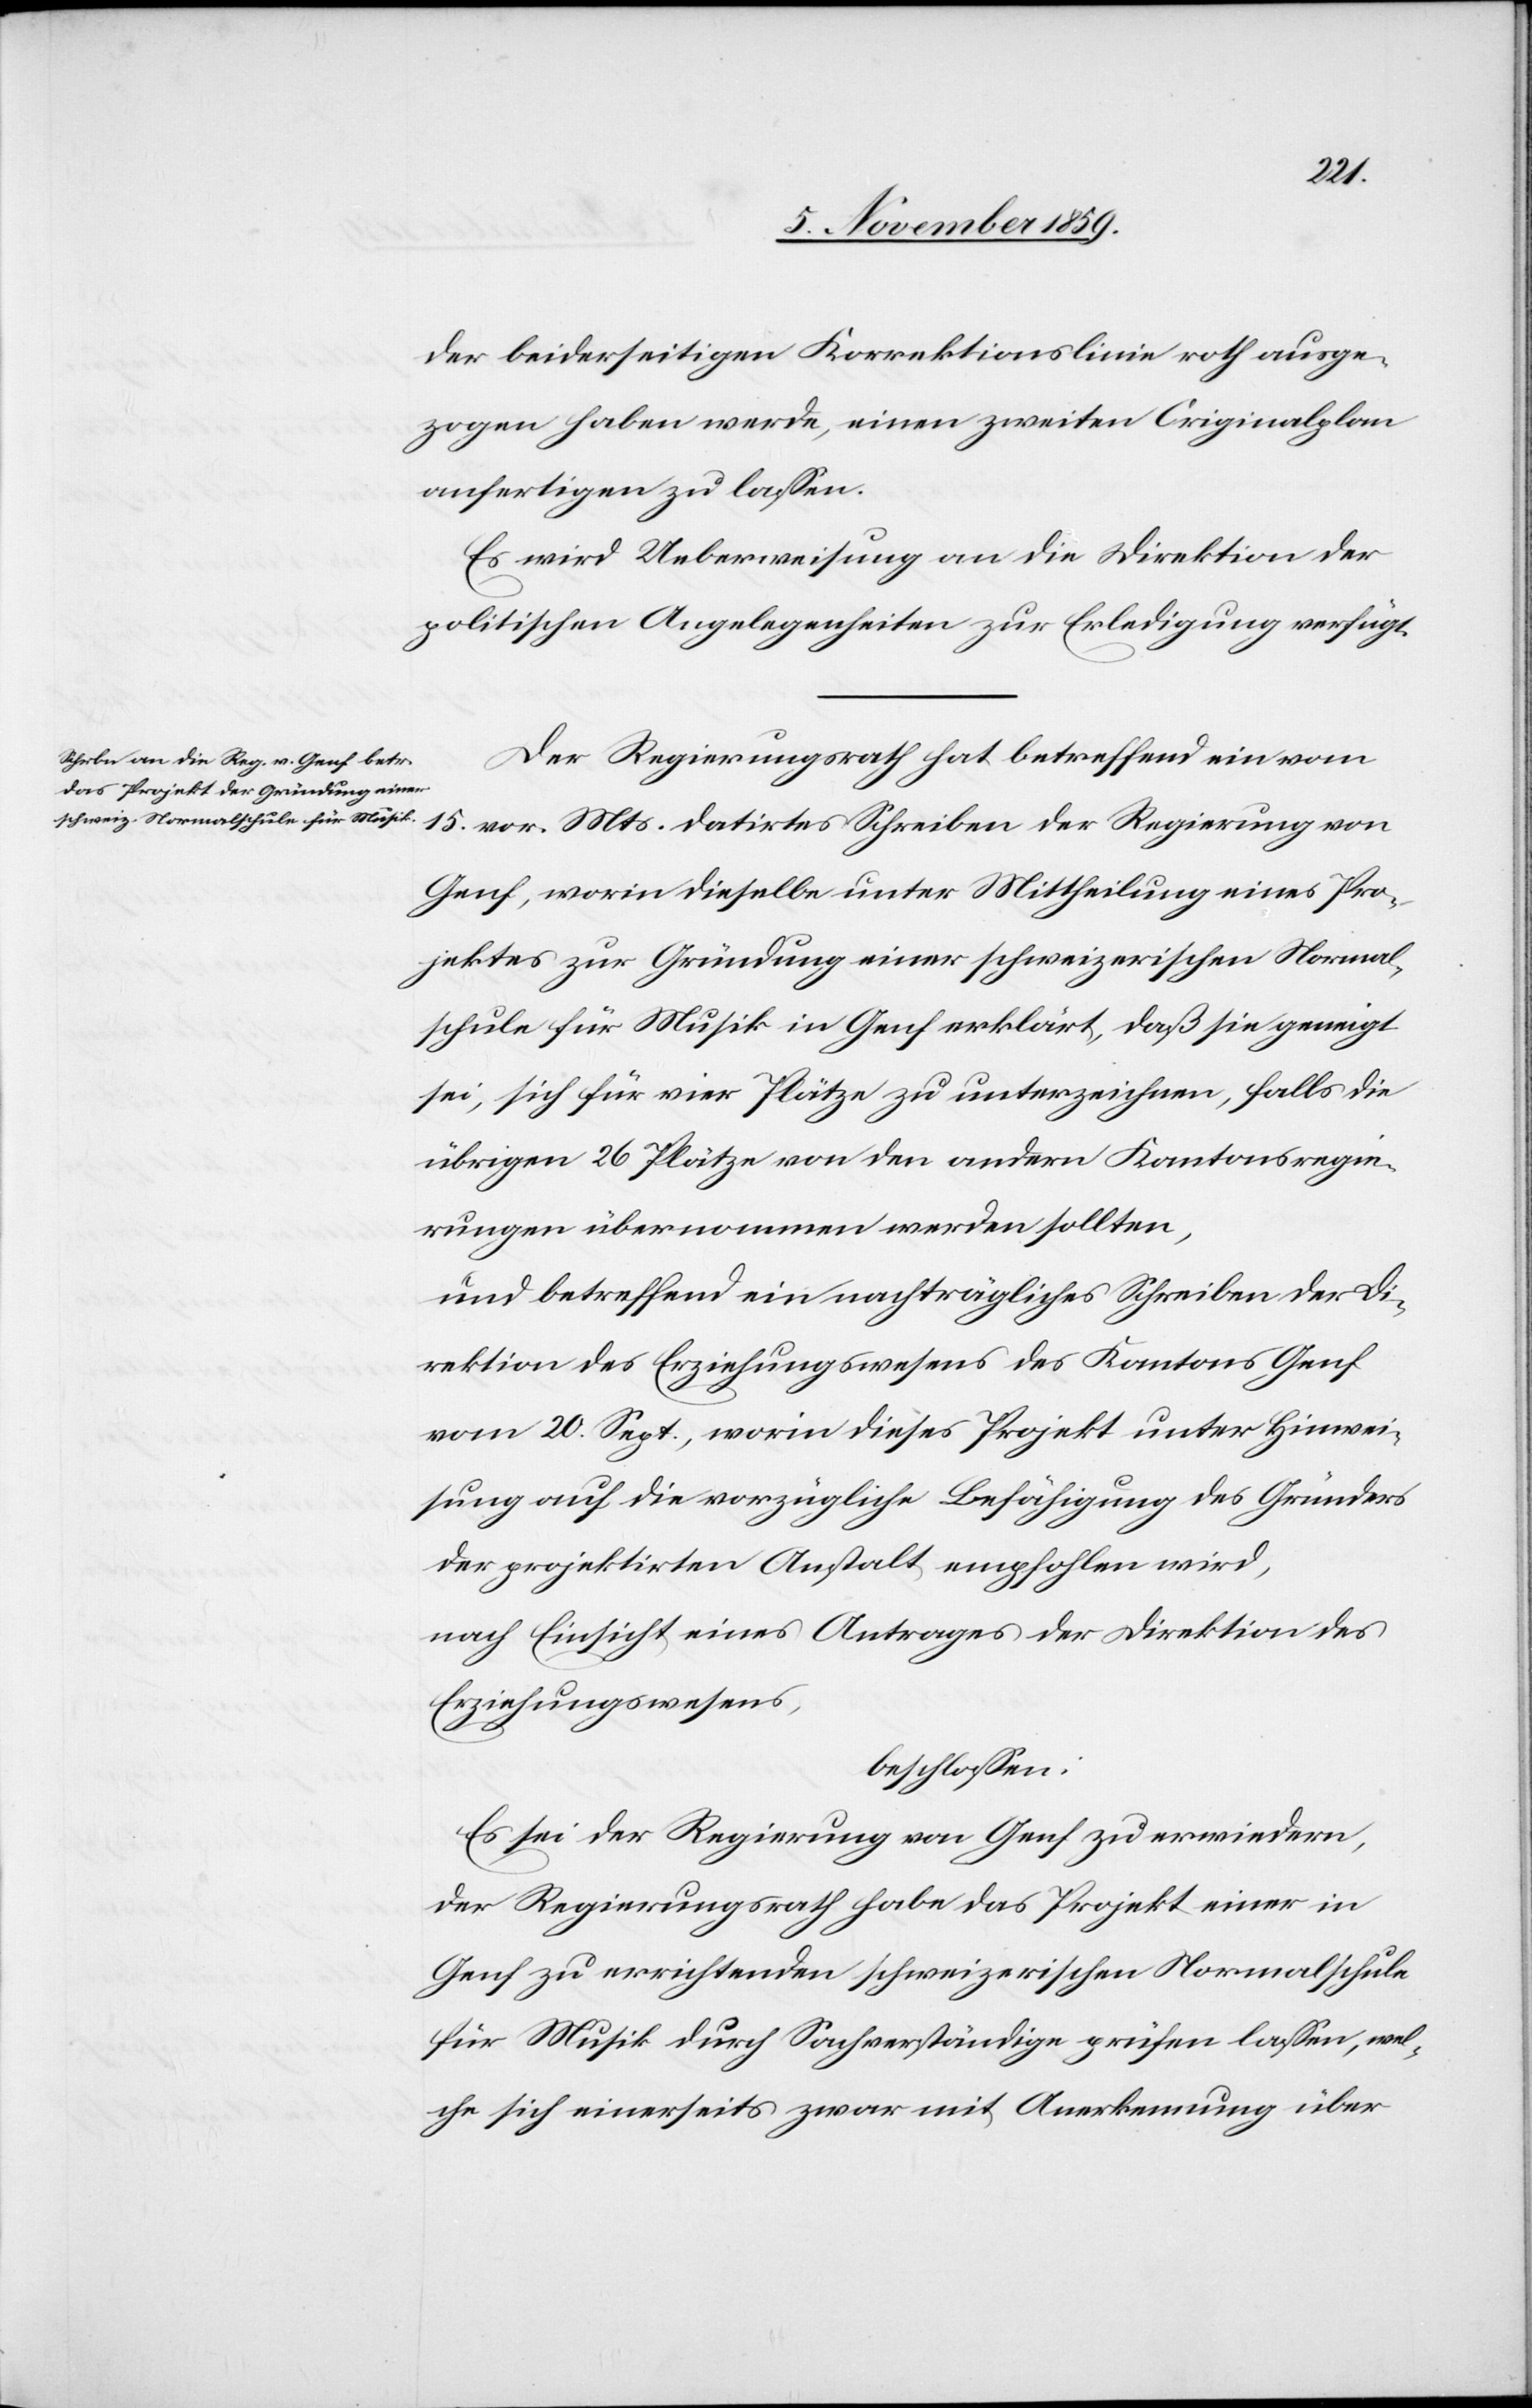
der beiderseitigen Korrektionslinie roth ausge¬
zogen haben werde, einen zweiten Originalplan
anfertigen zu lassen.
Es wird Ueberweisung an die Direktion der
politischen Angelegenheiten zur Erledigung verfügt.
Der Regierungsrath hat betreffend ein vom
15. vor. Mts. datirtes Schreiben der Regierung von
Genf, worin dieselbe unter Mittheilung eines Pro¬
jektes zur Gründung einer schweizerischen Normal¬
schule für Musik in Genf erklärt, daß sie geneigt
sei, sich für vier Plätze zu unterzeichnen, falls die
übrigen 26 Plätze von den andern Kantonsregie¬
rungen übernommen werden sollten,
und betreffend ein nachträgliches Schreiben der Di¬
rektion des Erziehungsrathes des Kantons Genf
vom 20. Sept., worin dieses Projekt unter Hinwei¬
sung auf die vorzügliche Befähigung des Gründers
der projektirten Anstalt empfohlen wird,
nach Einsicht eines Antrages der Direktion des
Erziehungswesens,
beschlossen:
Es sei der Regierung von Genf zu erwiedern,
der Regierungsrath habe das Projekt einer in
Genf zu errichtenden schweizerischen Normalschule
für Musik durch Sachverständige prüfen lassen, wel¬
che sich einerseits zwar mit Anerkennung über